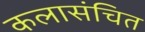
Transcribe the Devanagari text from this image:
कलासंचित